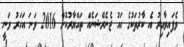
ވެފައިވާއިރު އެ ކާރުތަކުގެ އައު ޖެނެރޭޝަނެއް ތައްޔާރުކޮށް 2016 ވަނަ އަހަރު ވަނީ